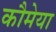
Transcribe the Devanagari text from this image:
कौमेया